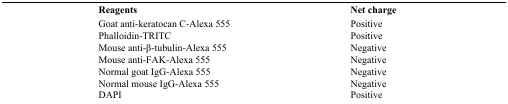
<table><thead><tr><td><b>Reagents</b></td><td><b>Net charge</b></td></tr></thead><tbody><tr><td>Goat anti-keratocan C-Alexa 555</td><td>Positive</td></tr><tr><td>Phalloidin-TRITC</td><td>Positive</td></tr><tr><td>Mouse anti-β-tubulin-Alexa 555</td><td>Negative</td></tr><tr><td>Mouse anti-FAK-Alexa 555</td><td>Negative</td></tr><tr><td>Normal goat IgG-Alexa 555</td><td>Negative</td></tr><tr><td>Normal mouse IgG-Alexa 555</td><td>Negative</td></tr><tr><td>DAPI</td><td>Positive</td></tr></tbody></table>